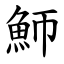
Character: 魳